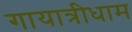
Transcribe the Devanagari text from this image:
गायात्रीधाम